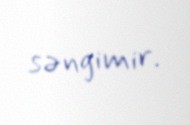
səngimir.